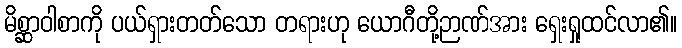
မိစ္ဆာဝါစာကို ပယ်ရှားတတ်သော တရားဟု ယောဂီတို့ဉာဏ်အား ရှေးရှုထင်လာ၏။